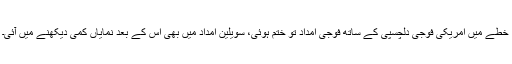
خطے میں امریکی فوجی دلچسپی کے ساتھ فوجی امداد تو ختم ہوئی، سویلین امداد میں بھی اس کے بعد نمایاں کمی دیکھنے میں آئی۔